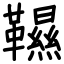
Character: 韅